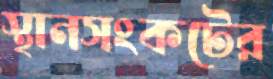
স্থানসংকটের